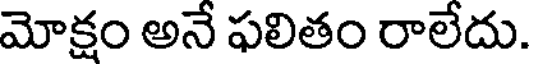
మోక్షం అనే ఫలితం రాలేదు.